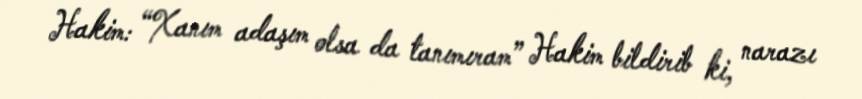
Hakim: “Xanım adaşım olsa da tanımıram” Hakim bildirib ki, narazı